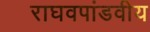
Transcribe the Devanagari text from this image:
राघवपांडवीय